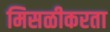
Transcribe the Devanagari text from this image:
मिसळीकरता